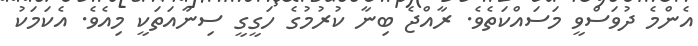
އެންމެ ދުވަސްވީ މަސައްކަތެވެ. ރާއްޖެ ބިނާ ކުރުމުގެ ހަގީގީ ސިނާއަތަކީ މިއެވެ. އެކަމަކު